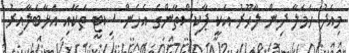
މިއަދު ހަމަލާ ދިން ލާހޫރު އަކީ ޕާކިސްތާންގެ އެހެން ސިޓީ ތަކާއި އަޅާބަލާއިރު